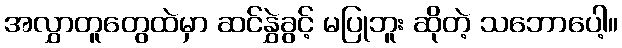
အလွှာတူတွေထဲမှာ ဆင်နွှဲခွင့် မပြုဘူး ဆိုတဲ့ သဘောပေါ့။